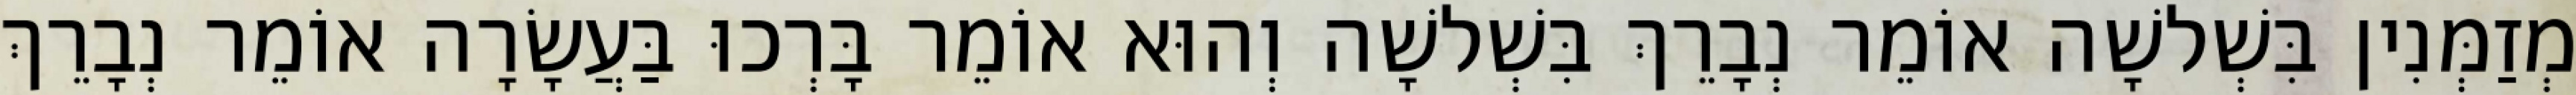
מְזַמְּנִין בִּשְׁלשָׁה אוֹמֵר נְבָרֵךְ בִּשְׁלשָׁה וְהוּא אוֹמֵר בָּרְכוּ בַּעֲשָׂרָה אוֹמֵר נְבָרֵךְ